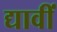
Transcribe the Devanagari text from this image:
द्यावीं